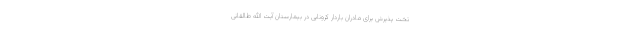
تخت پذیرش برای مادران باردار کرونایی در بیمارستان آیت الله طالقانی